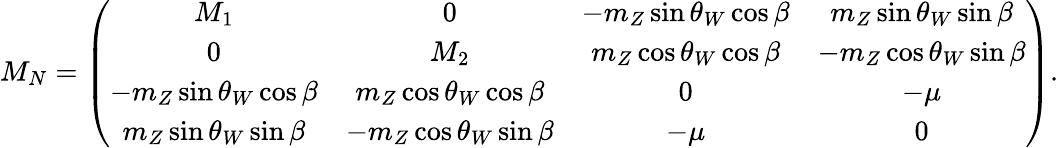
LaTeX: M_{N}=\left(\begin{array}{cccc}{{M_{1}}}&{{0}}&{{-m_{Z}\sin\theta_{W}\cos\beta}}&{{m_{Z}\sin\theta_{W}\sin\beta}}\\ {{0}}&{{M_{2}}}&{{m_{Z}\cos\theta_{W}\cos\beta}}&{{-m_{Z}\cos\theta_{W}\sin\beta}}\\ {{-m_{Z}\sin\theta_{W}\cos\beta}}&{{m_{Z}\cos\theta_{W}\cos\beta}}&{{0}}&{{-\mu}}\\ {{m_{Z}\sin\theta_{W}\sin\beta}}&{{-m_{Z}\cos\theta_{W}\sin\beta}}&{{-\mu}}&{{0}}\end{array}\right).